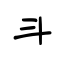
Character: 斗